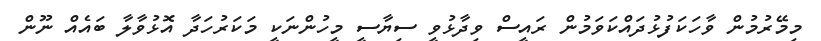
މިމޭރުމުން ވާހަކަފުޅުދައްކަވަމުން ރައީސް ވިދާޅުވީ ސިޔާސީ މީހުންނަކީ މަކަރުހަދާ އޮޅުވާލާ ބައެއް ނޫން